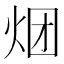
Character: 𰞏